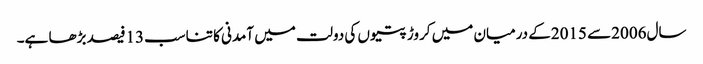
سال2006سے 2015کے درمیان میں کروڑ پتیوں کی دولت میں آمدنی کا تناسب13فیصد بڑھا ہے۔